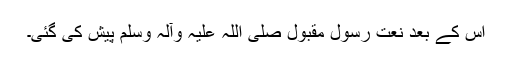
اس کے بعد نعت رسُول مقبول صلی اللہ علیہ وآلہ وسلم پیش کی گئی۔